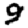
Digit: 9